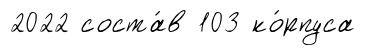
2022 соста́в 103 ко́рпуса